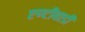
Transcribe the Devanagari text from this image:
एण्टीबाडी